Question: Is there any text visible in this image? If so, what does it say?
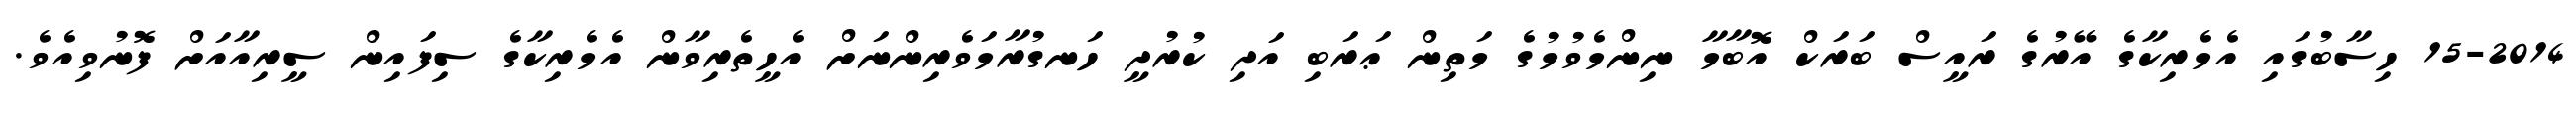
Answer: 15-2014 ހިސާބުގައި އެމެރިކާގެ އޭރުގެ ރައީސް ބަރަކް އޮބާމާ ނިންމެވުމުގެ މަތިން ޢަރަބި އަދި ކުރުދީ ހަނގުރާމަވެރިންނަށް އެހީތެރިވާން އެމެރިކާގެ ސިފައިން ސީރިއާއަށް ފޮނުވިއެވެ.